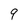
Character: 9